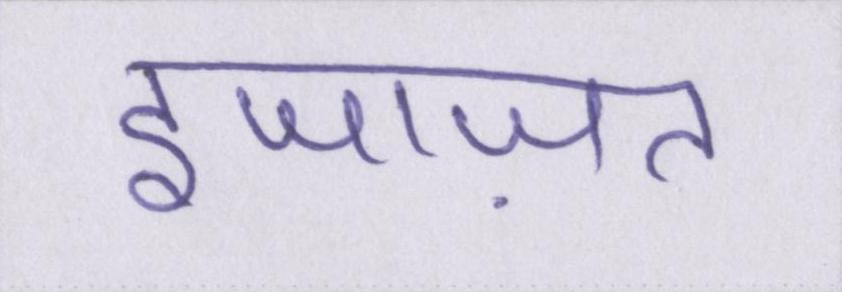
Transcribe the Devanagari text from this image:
इजाज़त